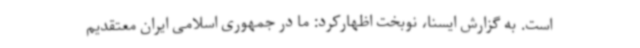
است. به گزارش ایسنا، نوبخت اظهارکرد: ما در جمهوری اسلامی ایران معتقدیم